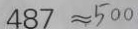
4 8 7 \approx 5 0 0